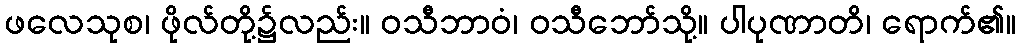
ဖလေသုစ၊ ဖိုလ်တို့၌လည်း။ ဝသီဘာဝံ၊ ဝသီဘော်သို့။ ပါပုဏာတိ၊ ရောက်၏။